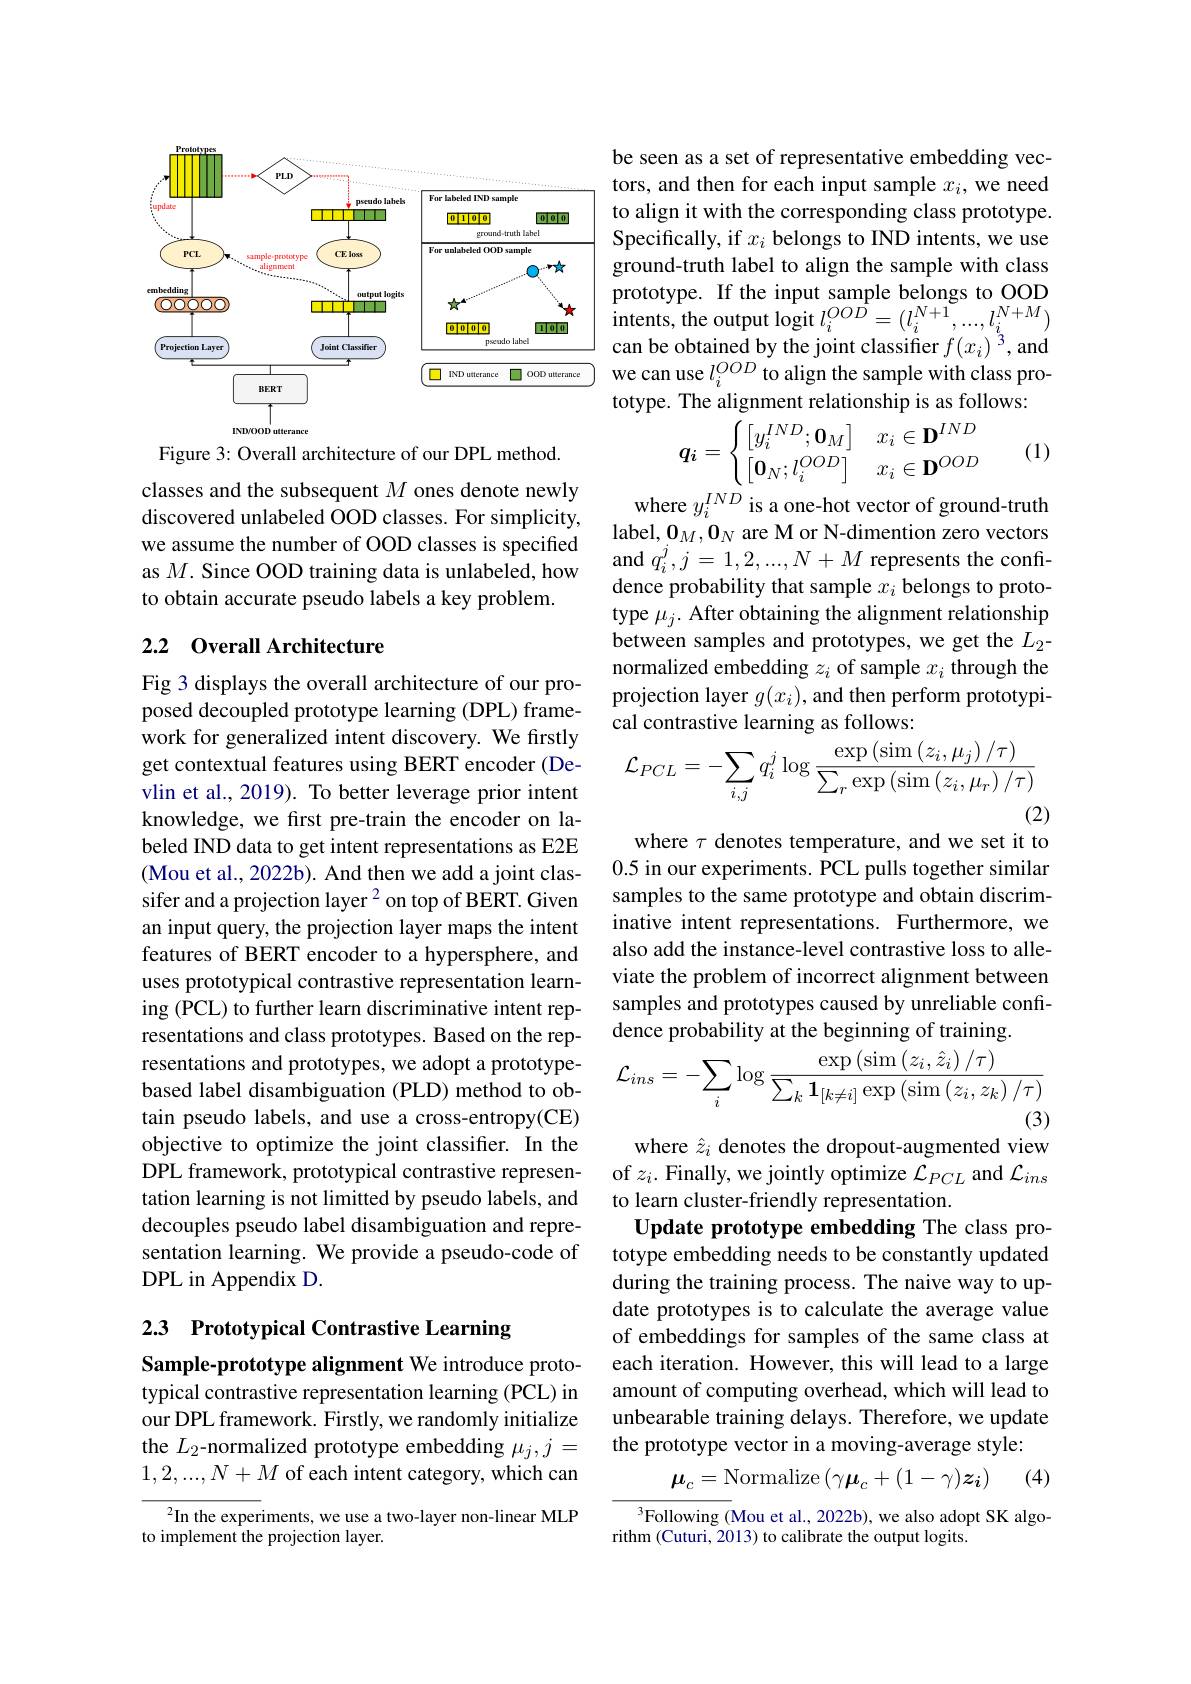
<FigureHere>

Figure 3: Overall architecture of our DPL method.

classes and the subsequent $M$ ones denote newly discovered unlabeled OOD classes. For simplicity, we assume the number of OOD classes is specified as $M.$ Since OOD training data is unlabeled, how to obtain accurate pseudo labels a key problem.

## 2.2 Overall Architecture

Fig 3 displays the overall architecture of our proposed decoupled prototype learning (DPL) framework for generalized intent discovery. We firstly get contextual features using BERT encoder (Devlin et al., 2019). To better leverage prior intent knowledge, we first pre-train the encoder on labeled IND data to get intent representations as E2E (Mou et al., 2022b). And then we add a joint classifer and a projection layer $^{2}$ on top of BERT. Given an input query, the projection layer maps the intent features of BERT encoder to a hypersphere, and uses prototypical contrastive representation learning (PCL) to further learn discriminative intent representations and class prototypes. Based on the representations and prototypes, we adopt a prototypebased label disambiguation (PLD) method to obtain pseudo labels, and use a cross-entropy(CE) objective to optimize the joint classifier. In the DPL framework, prototypical contrastive representation learning is not limitted by pseudo labels, and decouples pseudo label disambiguation and representation learning. We provide a pseudo-code of DPL in Appendix D.

2.3 Prototypical Contrastive Learning

Sample-prototype alignment We introduce prototypical contrastive representation learning (PCL) in

our DPL framework. Firstly, we randomly initialize the $L_2$-normalized prototype embedding $\mu_j,j=$ $1,2,...,N+M$ of each intent category, which can

$^2$In the experiments, we use a two-layer non-linear MLP
to implement the projection layer.

be seen as a set of representative embedding vectors, and then for each input sample $x_i$,we need to align it with the corresponding class prototype. Specifically, if $x_i$ belongs to IND intents, we use ground-truth label to align the sample with class $\begin{array}{l}{\mathrm{prototype.~If~the~input~sample~belongs~to~OOD}}\\{\mathrm{intents,~the~output~logit~}l_{i}^{OOD}=(l_{i}^{N+1},...,l_{i}^{N+M})}\end{array}$ can be obtained by the joint classifier $f(x_i)^{3}$,and we can use $l_i^{OOD}$ to align the sample with class prototype. The alignment relationship is as follows:

(1)
$$\boldsymbol{q_i}=\begin{cases}\left[y_i^{IND};\mathbf{0}_M\right]&x_i\in\mathbf{D}^{IND}\\\left[\mathbf{0}_N;l_i^{OOD}\right]&x_i\in\mathbf{D}^{OOD}\end{cases}$$
where $y_i^{IND}$ is a one-hot vector of ground-truth label, $\mathbf{0}_M,\mathbf{0}_N$ are M or N-dimention zero vectors and $q_i^j,j=1,2,...,N+M$ represents the confidence probability that sample $x_i$ belongs to prototype $\mu_j.$ After obtaining the alignment relationship between samples and prototypes, we get the $L_2$- normalized embedding $z_i$ of sample $x_i$ through the projection layer $g(x_i)$, and then perform prototypical contrastive learning as follows:
$$\mathcal{L}_{PCL}=-\sum_{i,j}q_{i}^{j}\log\frac{\exp\left(\sin\left(z_{i},\mu_{j}\right)/\tau\right)}{\sum_{r}\exp\left(\sin\left(z_{i},\mu_{r}\right)/\tau\right)}$$
(2)

where $\tau$ denotes temperature, and we set it to 0.5 in our experiments. PCL pulls together similar samples to the same prototype and obtain discriminative intent representations. Furthermore, we also add the instance-level contrastive loss to alleviate the problem of incorrect alignment between samples and prototypes caused by unreliable confidence probability at the beginning of training.
$$\mathcal{L}_{ins}=-\sum_{i}\log\frac{\exp\left(\sin\left(z_{i},\hat{z}_{i}\right)/\tau\right)}{\sum_{k}\mathbf{1}_{[k\neq i]}\exp\left(\sin\left(z_{i},z_{k}\right)/\tau\right)}$$
(3)

where $\hat{z}_i$ denotes the dropout-augmented view of $z_i.$ Finally, we jointly optimize $\mathcal{L}_PCL$ and $\mathcal{L}_ins$ to learn cluster-friendly representation.
Update prototype embedding The class prototype embedding needs to be constantly updated during the training process. The naive way to update prototypes is to calculate the average value of embeddings for samples of the same class at each iteration. However, this will lead to a large amount of computing overhead, which will lead to unbearable training delays. Therefore, we update the prototype vector in a moving-average style:
$$\boldsymbol{\mu}_c=\mathrm{Normalize}\left(\gamma\boldsymbol{\mu}_c+(1-\gamma)\boldsymbol{z}_i\right)$$
(4)

$^3$Following (Mou et al., 2022b), we also adopt SK algo-
rithm (Cuturi, 2013) to calibrate the output logits.